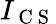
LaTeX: I_{\mathrm{~C~S~}}